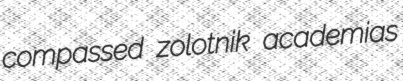
compassed zolotnik academias